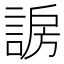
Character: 𬢰